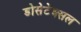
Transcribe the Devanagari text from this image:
डोसेटेक्सल